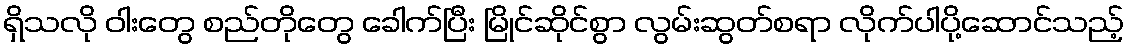
ရှိသလို ဝါးတွေ စည်တိုတွေ ခေါက်ပြီး မြိုင်ဆိုင်စွာ လွမ်းဆွတ်စရာ လိုက်ပါပို့ဆောင်သည့်